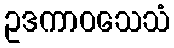
ဥဒကာဝသေသံ